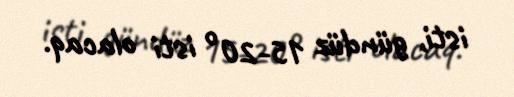
isti, gündüz 15-20° isti olacaq.